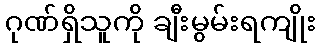
ဂုဏ်ရှိသူကို ချီးမွမ်းရကျိုး